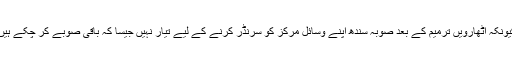
کیونکہ اٹھارویں ترمیم کے بعد صوبہ سندھ اپنے وسائل مرکز کو سرنڈر کرنے کے لیے تیار نہیں جیسا کہ باقی صوبے کر چکے ہیں۔